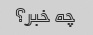
چه خبر؟